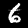
Digit: 6